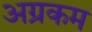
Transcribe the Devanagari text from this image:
अग्रकम